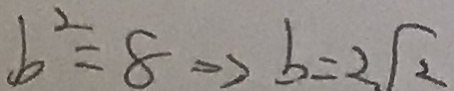
b ^ { 2 } = 8 \Rightarrow b = 2 \sqrt { 2 }